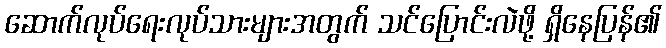
ဆောက်လုပ်ရေးလုပ်သားများအတွက် သင်ပြောင်းလဲဖို့ ရှိနေပြန်၏